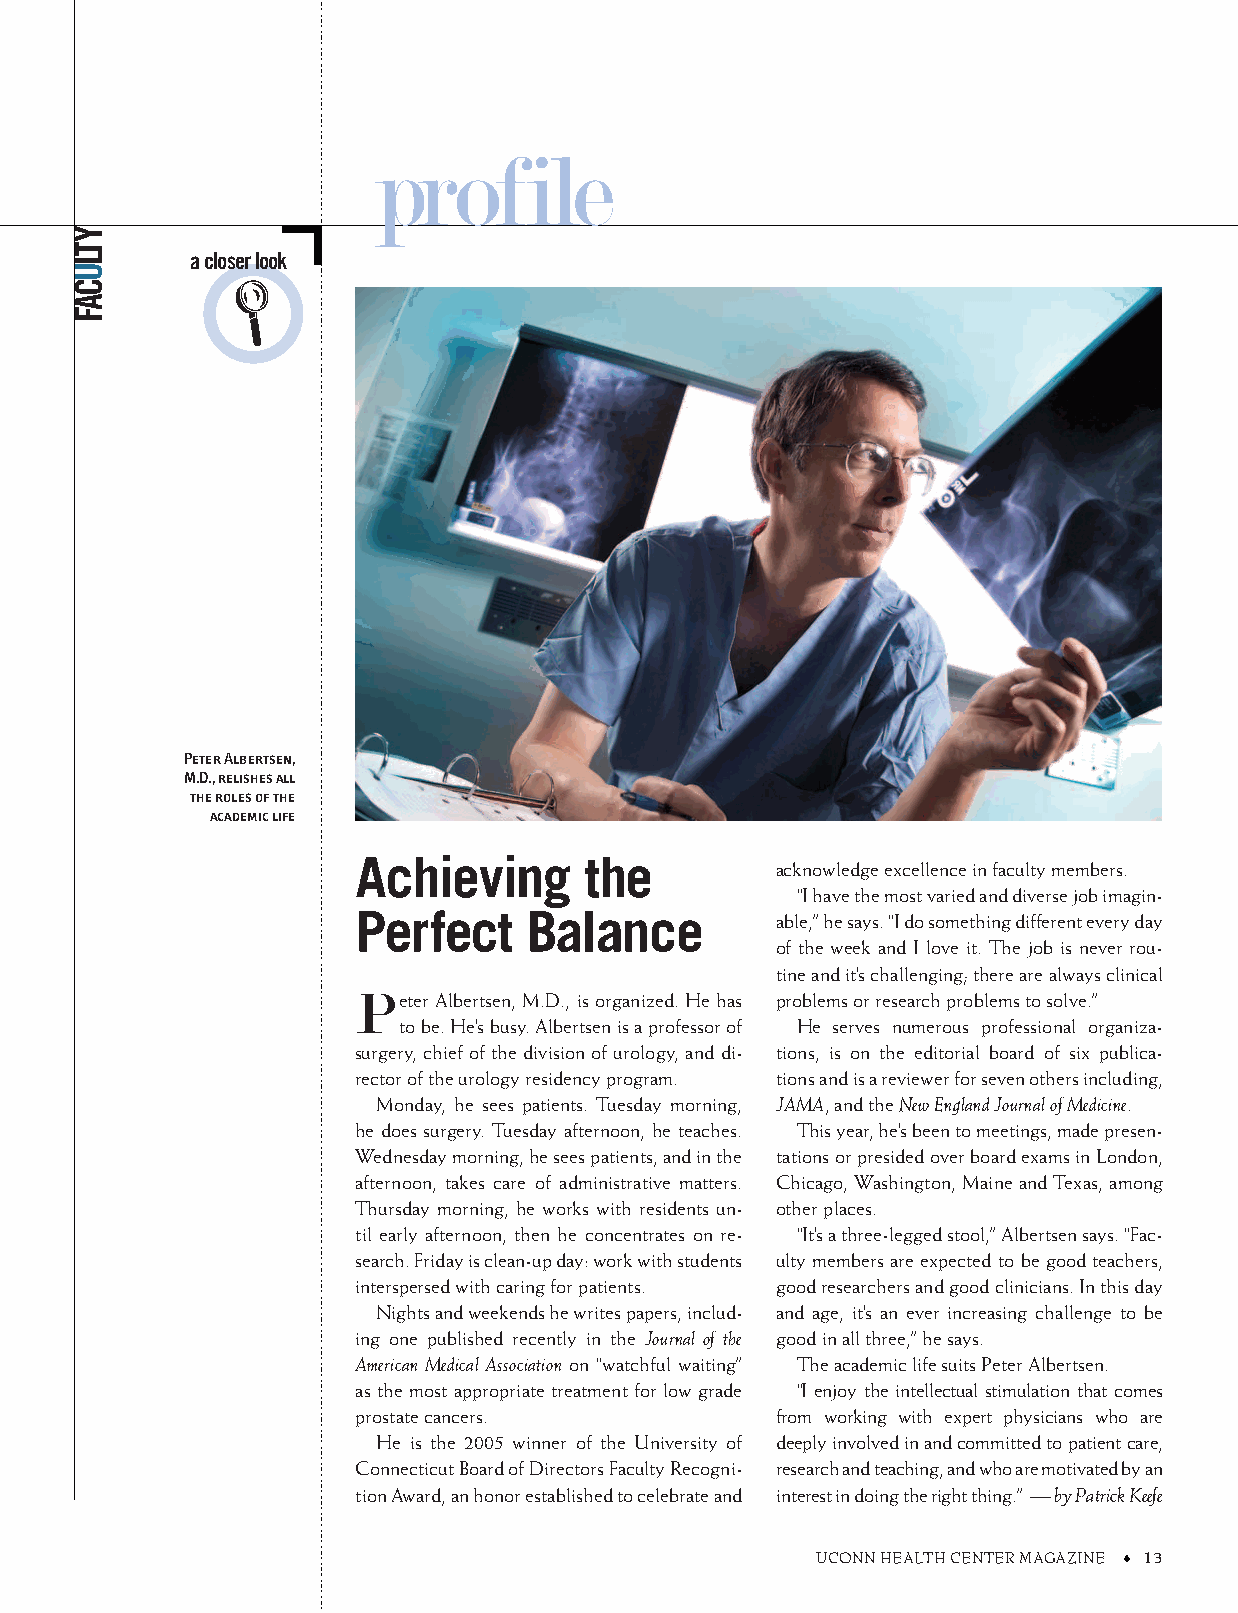
profile
 a closer look
 Peter Albertsen,
 M.D., relishes all
 the roles of the
 academic life
 Achieving      the
 acknowledge excellence in faculty members.
 “I have the most varied and diverse job imagin-
 Perfect    Balance
 able,” he says. “I do something different every day
 of the week and I love it. The job is never rou-
 tine and it’s challenging; there are always clinical
 Peter Albertsen, M.D., is organized. He has problems or research problems to solve.”
 to be. He’s busy. Albertsen is a professor of He serves numerous professional organiza-
 surgery, chief of the division of urology, and di- tions, is on the editorial board of six publica-
 rector of the urology residency program. tions and is a reviewer for seven others including,
 Monday, he sees patients. Tuesday morning, JAMA, and the New England Journal of Medicine.
 he does surgery. Tuesday afternoon, he teaches. This year, he’s been to meetings, made presen-
 Wednesday morning, he sees patients, and in the tations or presided over board exams in London,
 afternoon, takes care of administrative matters. Chicago, Washington, Maine and Texas, among
 Thursday morning, he works with residents un- other places.
 til early afternoon, then he concentrates on re- “It’s a three-legged stool,” Albertsen says. “Fac-
 search. Friday is clean-up day: work with students ulty members are expected to be good teachers,
 interspersed with caring for patients. good researchers and good clinicians. In this day
 Nights and weekends he writes papers, includ- and age, it’s an ever increasing challenge to be
 ing one published recently in the Journal of the good in all three,” he says.
 American Medical Association on “watchful waiting” The academic life suits Peter Albertsen.
 as the most appropriate treatment for low grade “I enjoy the intellectual stimulation that comes
 prostate cancers.           from working with expert physicians who are
 He is the 2005 winner of the University of deeply involved in and committed to patient care,
 Connecticut Board of Directors Faculty Recogni- research and teaching, and who are motivated by an
 tion Award, an honor established to celebrate and interest in doing the right thing.” — by Patrick Keefe
 UCONN HEALTH CENTER MAGAZINE 13
 YTLUCAF